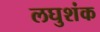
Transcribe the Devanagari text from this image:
लघुशंक